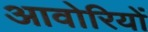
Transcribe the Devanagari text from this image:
आवोरियों